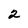
Character: 2